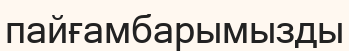
пайғамбарымызды